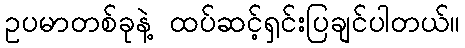
ဥပမာတစ်ခုနဲ့ ထပ်ဆင့်ရှင်းပြချင်ပါတယ်။